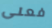
فعلى